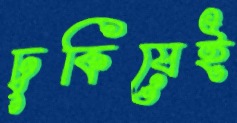
ঢুকিয়েই